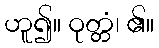
ဟူ၍။ ဝုတ္တံ၊ ၏။